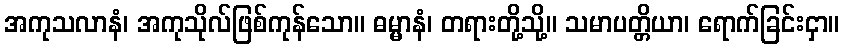
အကုသလာနံ၊ အကုသိုလ်ဖြစ်ကုန်သော။ ဓမ္မာနံ၊ တရားတို့သို့။ သမာပတ္တိယာ၊ ရောက်ခြင်းငှာ။